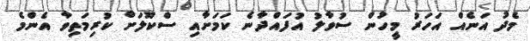
މެދު އަނެއް އަހަރު މީހުން ސުވާލު އުފައްދާނެ ކަމަށާއި ސްކޫލަށް ކުރިމަތިވާ އެންމެ